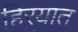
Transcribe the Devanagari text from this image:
हिर्‍यांत